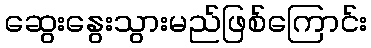
ဆွေးနွေးသွားမည်ဖြစ်ကြောင်း